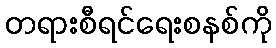
တရားစီရင်ရေးစနစ်ကို